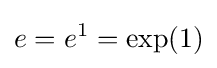
e=e^{1}=\exp(1)